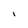
Character: I